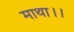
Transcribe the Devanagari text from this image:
माथा।।